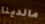
مالدينا